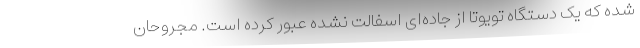
شده که یک دستگاه تویوتا از جاده‌ای اسفالت نشده عبور کرده است. مجروحان